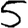
Digit: 5